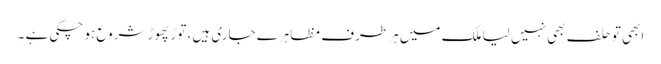
ابھی تو حلف بھی نہیں لیا ملک میں ہر طرف مظاہرے جاری ہیں ،توڑ پھوڑ شروع ہو چکی ہے ۔